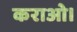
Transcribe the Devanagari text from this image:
कराओ।